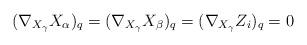
LaTeX: \begin{align*}(\nabla_{X_{\gamma}}X_\alpha)_q=(\nabla_{X_{\gamma}}X_\beta)_q =(\nabla_{X_{\gamma}}Z_i)_q=0\end{align*}